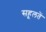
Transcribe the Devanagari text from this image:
सहूलतें